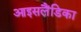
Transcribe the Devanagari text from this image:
आइसलैंडिका